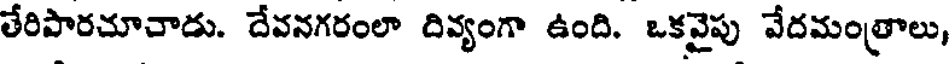
తేరిపారచూచాడు. దేవనగరంలా దివ్యంగా ఉంది. ఒకవైపు వేదమంత్రాలు,